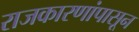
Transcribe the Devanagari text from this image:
राजकारणांपासून